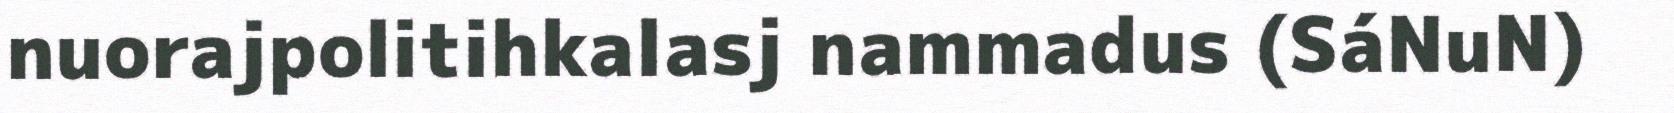
nuorajpolitihkalasj nammadus (SáNuN)